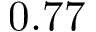
0 . 7 7